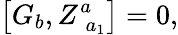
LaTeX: \left[G_{b},Z_{\; a_{1}}^{a}\right]=0,